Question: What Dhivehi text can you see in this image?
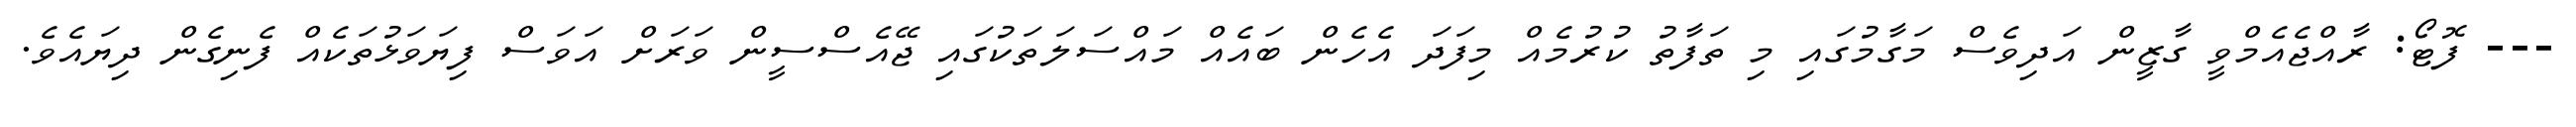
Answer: --- ފޮޓޯ: ރާއްޖެއެމްވީ ގާޒީން އަދިވެސް މަގާމުގައި މި ތަފާތު ކުރުމެއް މިފަދަ އެހެން ބައެއް މައްސަލަތަކުގައި ޖޭއެސްސީން ވަރަށް އަވަސް ފިޔަވަޅުތަކެއް ފެނިގެން ދިޔައެވެ.